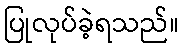
ပြုလုပ်ခဲ့ရသည်။